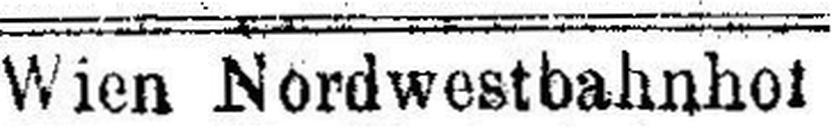
Wien Nordwestbahnhof